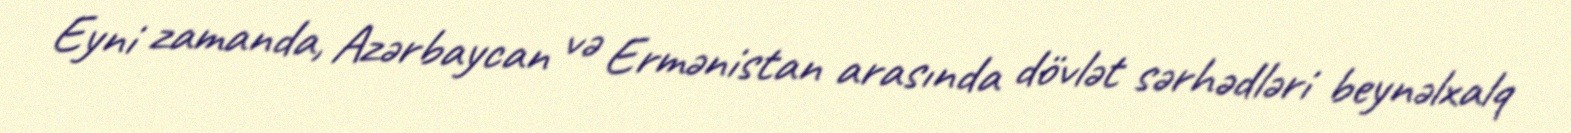
Eyni zamanda, Azərbaycan və Ermənistan arasında dövlət sərhədləri beynəlxalq